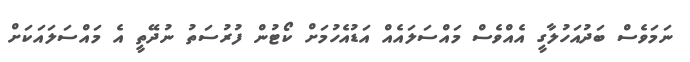
ނަމަވެސް ބަދުއަހުލާގީ އެއްވެސް މައްސަލައެއް އަޑުއެހުމަށް ކޯޓުން ފުރުސަތު ނުދޭތީ އެ މައްސަލައަކަށް